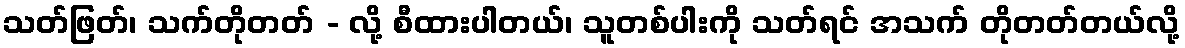
သတ်ဖြတ်၊ သက်တိုတတ် - လို့ စီထားပါတယ်၊ သူတစ်ပါးကို သတ်ရင် အသက် တိုတတ်တယ်လို့